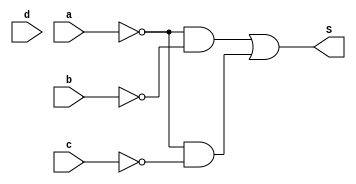
module menor_5(a,b,c,d,S);
  input a,b,c,d;
  output S;

  wire not_a, not_b, not_c, w1, w2, w3, w4, w5;

  not not0(not_a, a);
  not not1(not_b, b);
  not not2(not_c, c);

  and and0(w1, not_a, not_b);
  and and1(w2, not_a, not_c);

  or or0(S, w1, w2);

endmodule

module TB_menor_5();
  reg a, b, c, d;
  wire s;

  menor_5 menor_5(a, b, c, d, s);

  initial begin
    a = 0; b = 0; c = 0; d = 0; #10; // S = 1
    a = 0; b = 0; c = 0; d = 1; #10; // S = 1
    a = 0; b = 0; c = 1; d = 0; #10; // S = 1
    a = 0; b = 0; c = 1; d = 1; #10; // S = 1
    a = 0; b = 1; c = 0; d = 0; #10; // S = 1
    a = 0; b = 1; c = 0; d = 1; #10; // S = 1
    a = 0; b = 1; c = 1; d = 0; #10; // S = 0
  end
endmodule